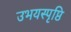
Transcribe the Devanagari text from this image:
उभयस्पृष्ठि